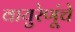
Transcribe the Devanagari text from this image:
वायुरेणूंचे